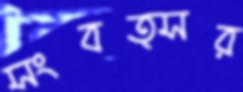
সংবত্সর